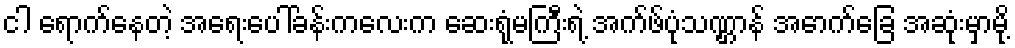
ငါ ရောက်နေတဲ့ အရေးပေါ်ခန်းကလေးက ဆေးရုံမကြီးရဲ့ အက်ဖ်ပုံသဏ္ဌာန် အောက်ခြေ အဆုံးမှာမို့